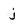
Character: j